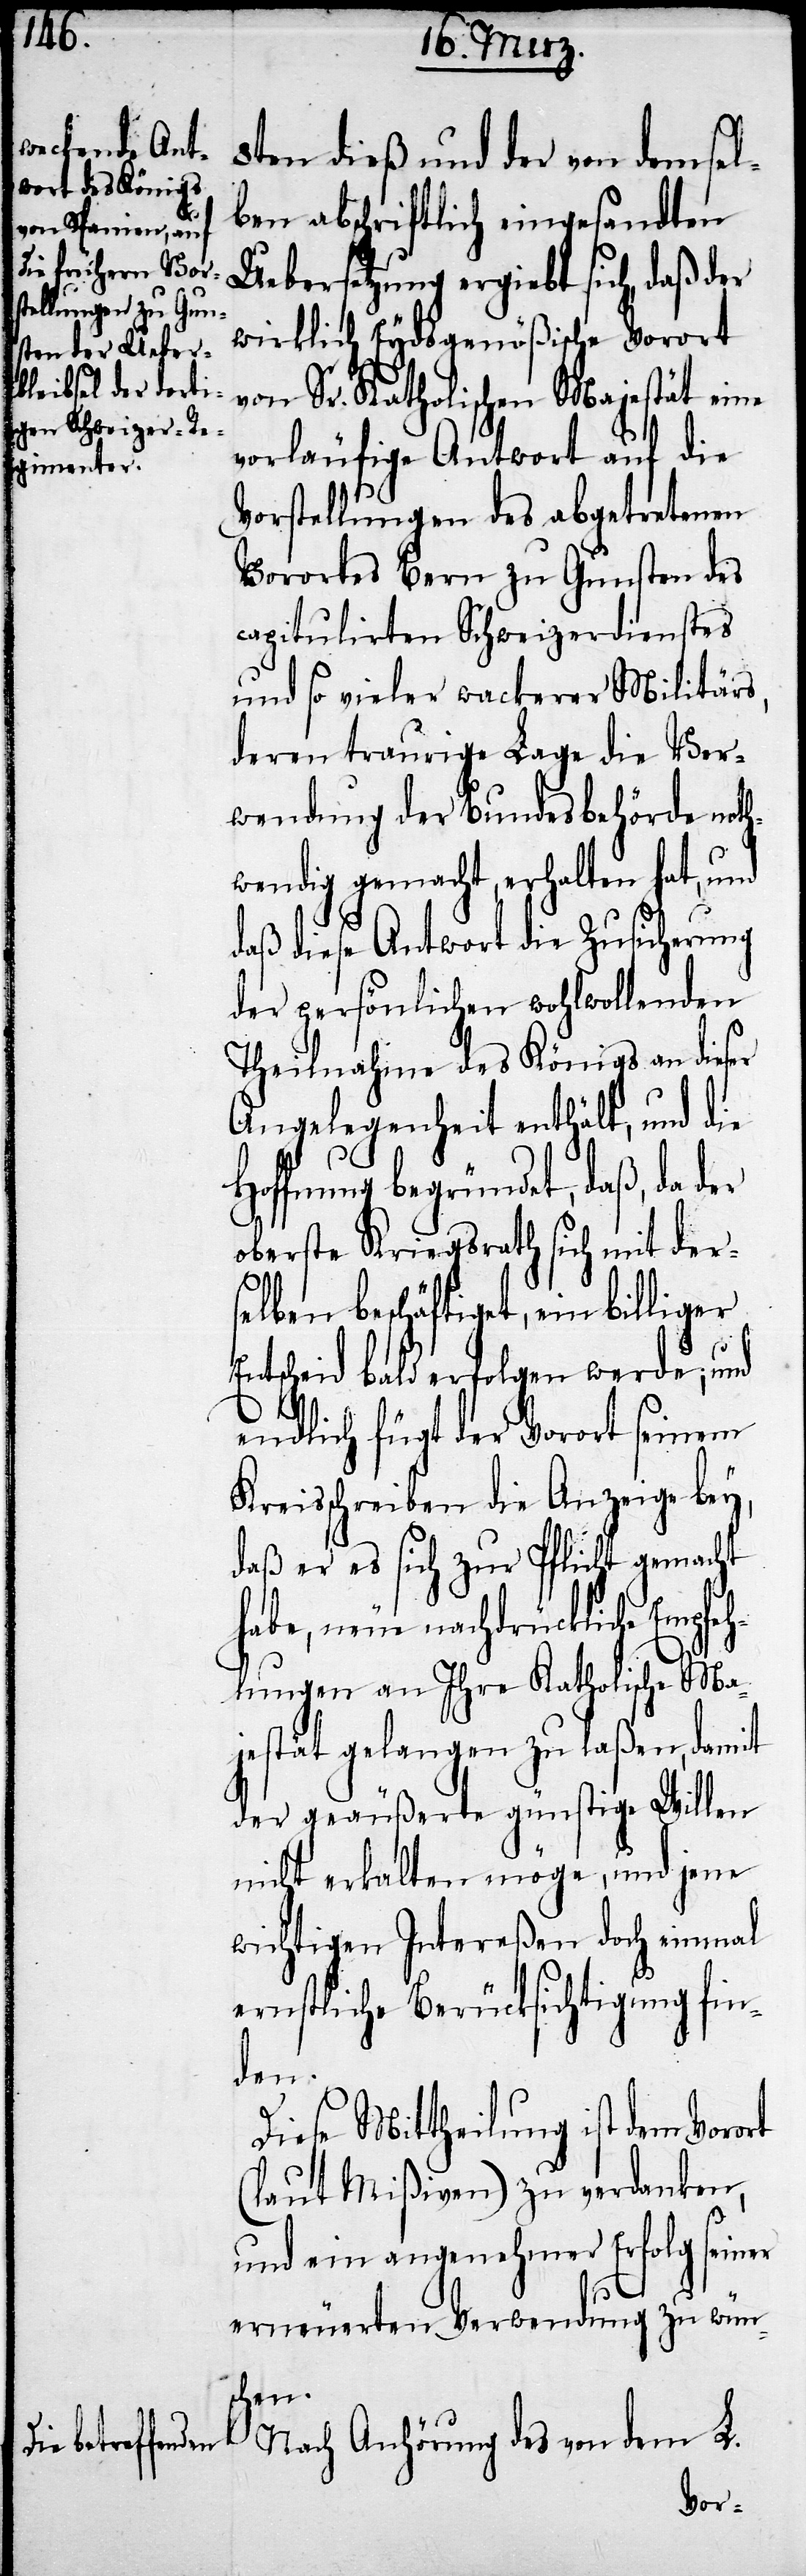
8ten dieß und der von demselb¬
igen abschriftlich eingesandten
Uebersetzung ergiebt sich, daß der
wirklich Eydsgenößische Vorort
von Sr. Katholischen Majestät eine
vorläufige Antwort auf die
Vorstellungen des abgetretenen
Vorortes Bern zu Gunsten des
capitulirten Schweizerdienstes
und so vieler wackerer Militärs,
deren traurige Lage die Ver¬
wendung der Bundesbehörde noth¬
wendig gemacht, erhalten hat, und
daß diese Antwort die Zusicherung
der persönlichen wohlwollenden
Theilnahme des Königs an dieser
Angelegenheit enthält, und die
ffnung begründet, daß, da der
oberste Kriegsrath sich mit ders¬
elben beschäftiget, ein billiger
Entscheid bald erfolgen werde, und
endlich fügt der Vorort seinem
Kreisschreiben die Anzeige bey,
daß er es sich zur Pflicht gemacht
neue nachdrückliche Empfe¬
hlungen an Ihre Katholische Ma¬
jestät gelangen zu laßen, damit
der geäußerte günstige Willen
nicht erkalten möge, und jene
wichtigen Intereßen doch einmal
ernstliche Berücksichtigung fin¬
dem
Diese Mittheilung ist dem Vorort
(laut Mißiven) zu verdanken,
und ein angenehmer Erfolg seiner
erneuerten Verwendung zu wüns¬
chen.